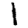
Digit: 1